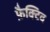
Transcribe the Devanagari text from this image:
फ़ैक्टिव